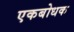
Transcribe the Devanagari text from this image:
एकबोधक